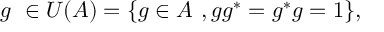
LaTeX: g \, \, \in { \cal U } ( { \cal A } ) = \{ g \in { \cal A } \, \, , g g ^ { * } = g ^ { * } g = 1 \} ,